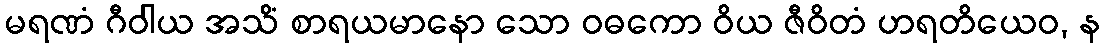
မရဏံ ဂီဝါယ အသိံ စာရယမာနော သော ဝဓကော ဝိယ ဇီဝိတံ ဟရတိယေဝ, န